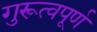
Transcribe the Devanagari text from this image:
गुरूत्वपूर्ण